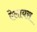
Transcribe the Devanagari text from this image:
ऐलायस